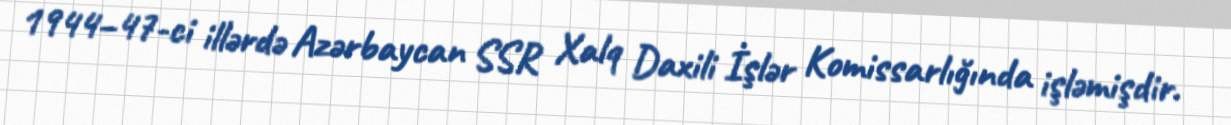
1944–47-ci illərdə Azərbaycan SSR Xalq Daxili İşlər Komissarlığında işləmişdir.